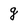
Character: g